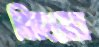
জিংয়ের